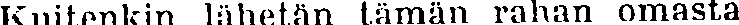
Kuitenkin lähetän tämän rahan omasta